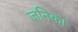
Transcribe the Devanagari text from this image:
जनिका